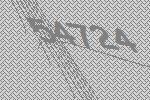
54724